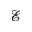
\mathcal E